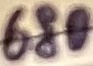
Text: 680